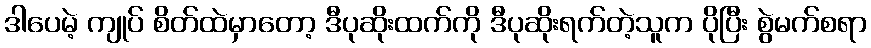
ဒါပေမဲ့ ကျုပ် စိတ်ထဲမှာတော့ ဒီပုဆိုးထက်ကို ဒီပုဆိုးရက်တဲ့သူက ပိုပြီး စွဲမက်စရာ